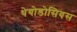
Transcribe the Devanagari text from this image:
थेयोडोसियस